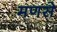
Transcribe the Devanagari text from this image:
मणसे